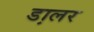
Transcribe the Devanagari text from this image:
डा़लर